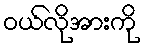
ဝယ်လိုအားကို